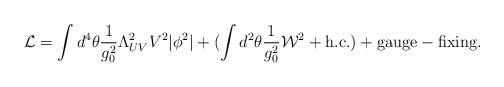
LaTeX: \begin{align*}{\cal L} = \int d^4 \theta \frac{1}{g_0^2} \Lambda_{UV}^2V^2 |\phi^2| + (\int d^2 \theta \frac{1}{g_0^2} {\cal W}^2 + {\rm h.c.}) + {\rm gauge-fixing}.\end{align*}